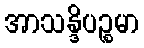
အာသန္ဒိပဉ္စမာ